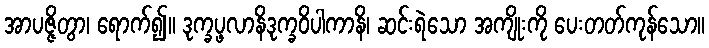
အာပဇ္ဇိတွာ၊ ရောက်၍။ ဒုက္ခပ္ဖလာနိဒုက္ခဝိပါကာနိ၊ ဆင်းရဲသော အကျိုးကို ပေးတတ်ကုန်သော။